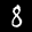
Label: 8